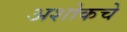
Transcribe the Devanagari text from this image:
अशोकचे